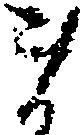
ま